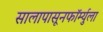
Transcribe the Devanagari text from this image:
सालापासूनफॉर्म्युला